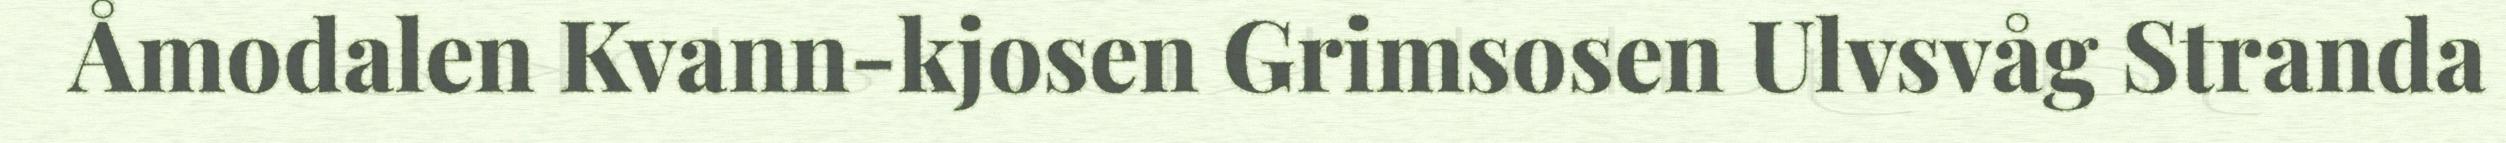
Åmodalen Kvann-kjosen Grimsosen Ulvsvåg Stranda